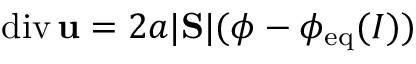
\mathrm { d i v } \, { \bf u } = 2 a | \mathrm { \bf S } | ( \phi - \phi _ { \mathrm { e q } } ( I ) )